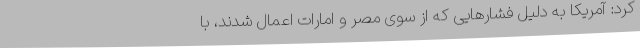
کرد: آمریکا به دلیل فشارهایی که از سوی مصر و امارات اعمال شدند، با